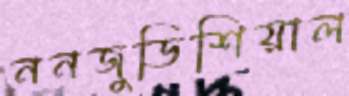
ননজুডিশিয়াল